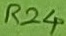
Text: R24